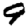
Digit: 9